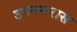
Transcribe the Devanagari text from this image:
उपनगरास